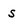
Character: s